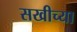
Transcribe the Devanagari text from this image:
सखीच्या